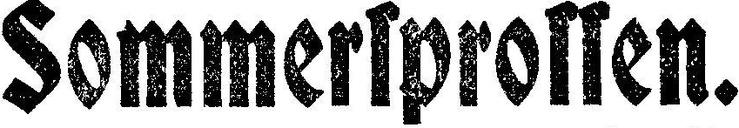
Sommersprossen.